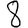
Digit: 8